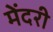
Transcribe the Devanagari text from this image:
मेंदरी